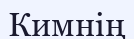
Кимнің